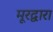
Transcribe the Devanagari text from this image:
मूरद्वारा